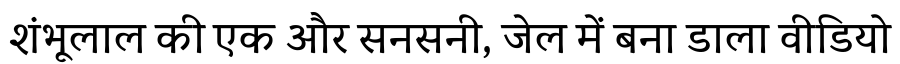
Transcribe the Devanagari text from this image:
शंभूलाल की एक और सनसनी, जेल में बना डाला वीडियो